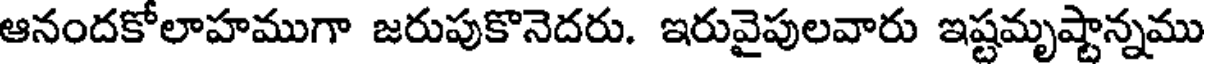
ఆనందకోలాహముగా జరుపుకొనెదరు. ఇరువైపులవారు ఇష్టమృష్టాన్నము